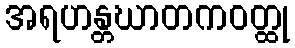
အရဟန္တဃာတကဝတ္ထု